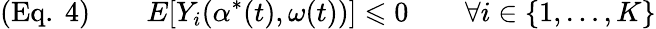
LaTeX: ({\mathrm{Eq.~}}4)\qquad E[Y_{i}(\alpha^{*}(t),\omega(t))]\leqslant 0\qquad\forall i\in\{ 1,\ldots,K\}